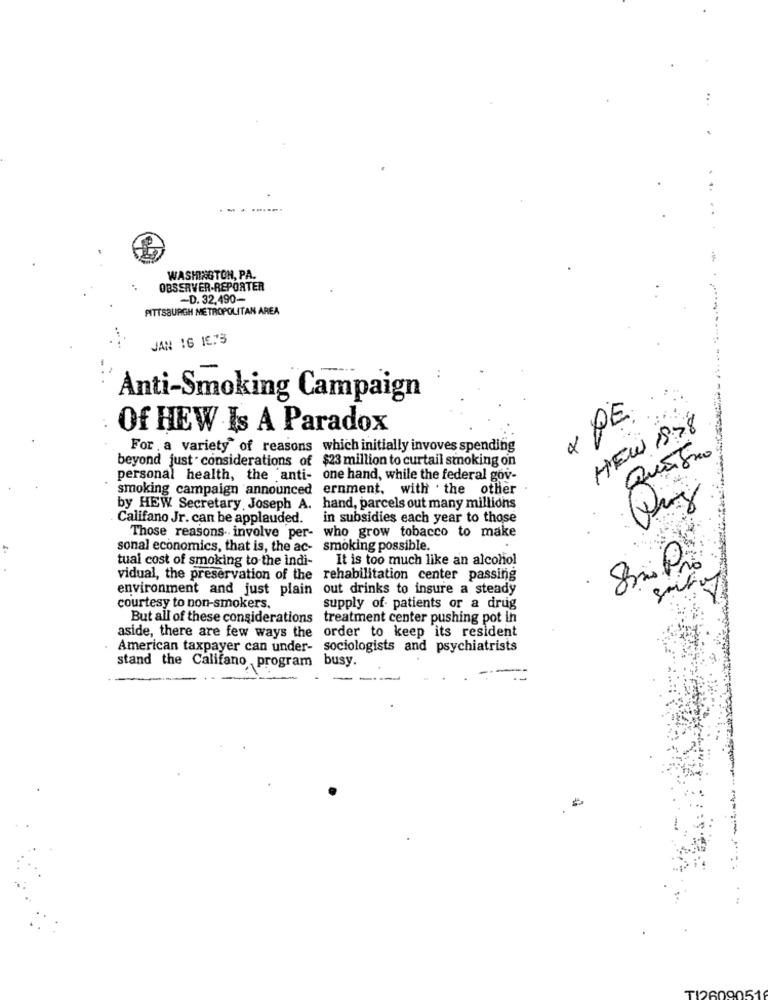
...
.-.....
WASHINGTON, PA.
OBSERVER-REPORTER
-D. 32,490-
PITTSBURGH METROPOLITAN AREA
JAN 16 16.75
Anti-Smoking Campaign
« PE.
Of HEW Is A Paradox
HEW 18 78
For a variety of reasons which initially invoves spending
beyond just . considerations of $23 million to curtail smoking on
Quatro
personal health, the 'anti- one hand, while the federal gov-
smoking campaign announced ernment, with the other
by HEW Secretary Joseph A. hand, parcels out many millions
Califano Jr. can be applauded.
in subsidies each year to those
Those reasons involve per- who grow tobacco to make
sonal economics, that is, the ac- smoking possible.
tuai cost of smoking to the indi-
It is too much like an alcohol
8m Pio
vidual, the preservation of the rehabilitation center passing
environment and just plain out drinks to insure a steady
courtesy to non-smokers.
supply of patients or a drug
But all of these considerations treatment center pushing pot in
aside, there are few ways the order to keep its resident
American taxpayer can under- sociologists and psychiatrists
stand the Califano program busy.
-
---
--
TI2609051